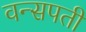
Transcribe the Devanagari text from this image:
वन्सपती